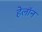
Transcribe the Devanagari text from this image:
हेलॉन